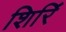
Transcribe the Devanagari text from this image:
शिरिं